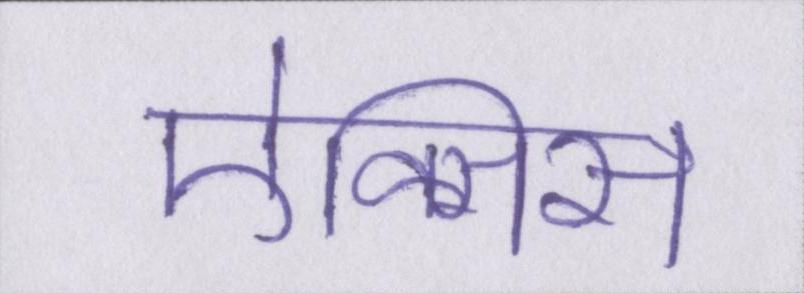
ऐक्सिस